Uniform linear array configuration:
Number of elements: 64
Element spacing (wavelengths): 0.75
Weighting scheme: uniform
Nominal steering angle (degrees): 45
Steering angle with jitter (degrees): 45.211
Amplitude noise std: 0.05
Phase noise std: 0.05

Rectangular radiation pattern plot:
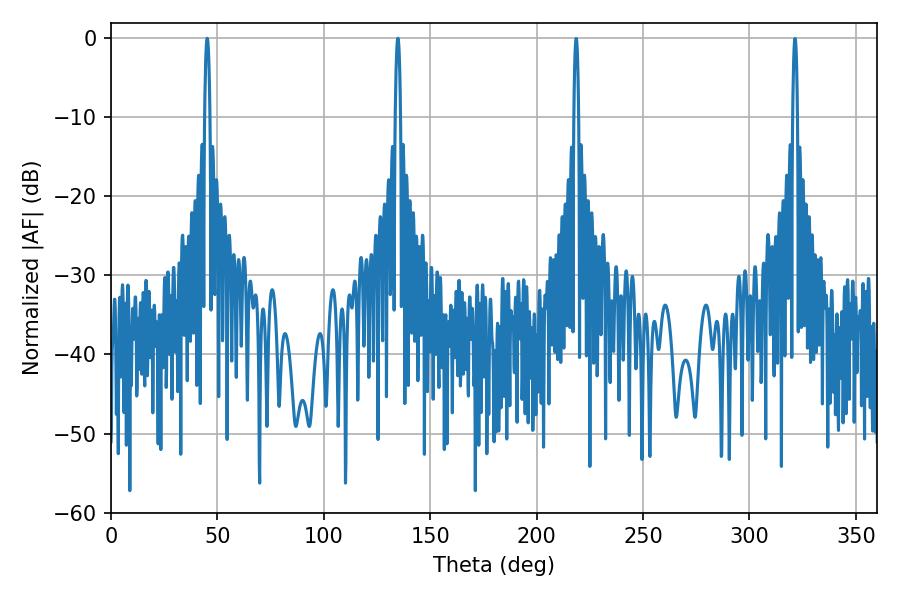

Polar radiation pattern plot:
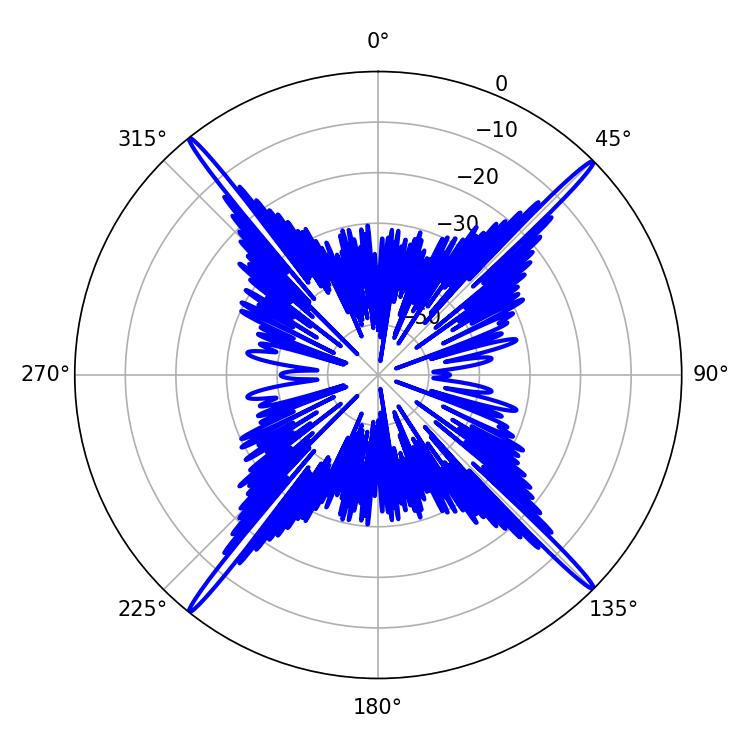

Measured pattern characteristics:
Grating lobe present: TRUE
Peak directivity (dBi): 23.674
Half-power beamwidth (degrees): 1.44
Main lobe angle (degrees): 45.18